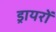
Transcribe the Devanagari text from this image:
ड्रायरों